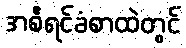
အစီရင်ခံစာထဲတွင်